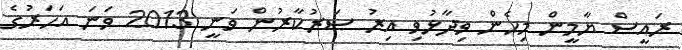
ރައީސް ޔާމީން މިހެން ވިދާޅުވި އިރު ސަރުކާރުން ވަނީ 2013 ވަނަ އަހަރުގެ